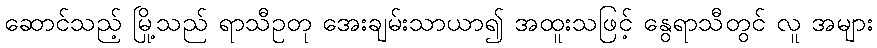
ဆောင်သည့် မြို့သည် ရာသီဥတု အေးချမ်းသာယာ၍ အထူးသဖြင့် နွေရာသီတွင် လူ အများ